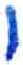
אות: ו